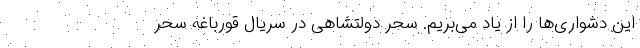
این دشواری‌ها را از یاد می‌بریم. سحر دولتشاهی در سریال قورباغه سحر